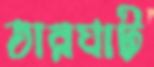
তারঘাট